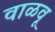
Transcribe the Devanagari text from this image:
वाळवू